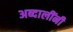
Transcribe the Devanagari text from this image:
अब्दालींनी